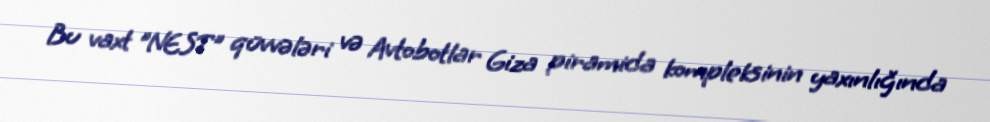
Bu vaxt "NEST" qüvvələri və Avtobotlar Giza piramida kompleksinin yaxınlığında